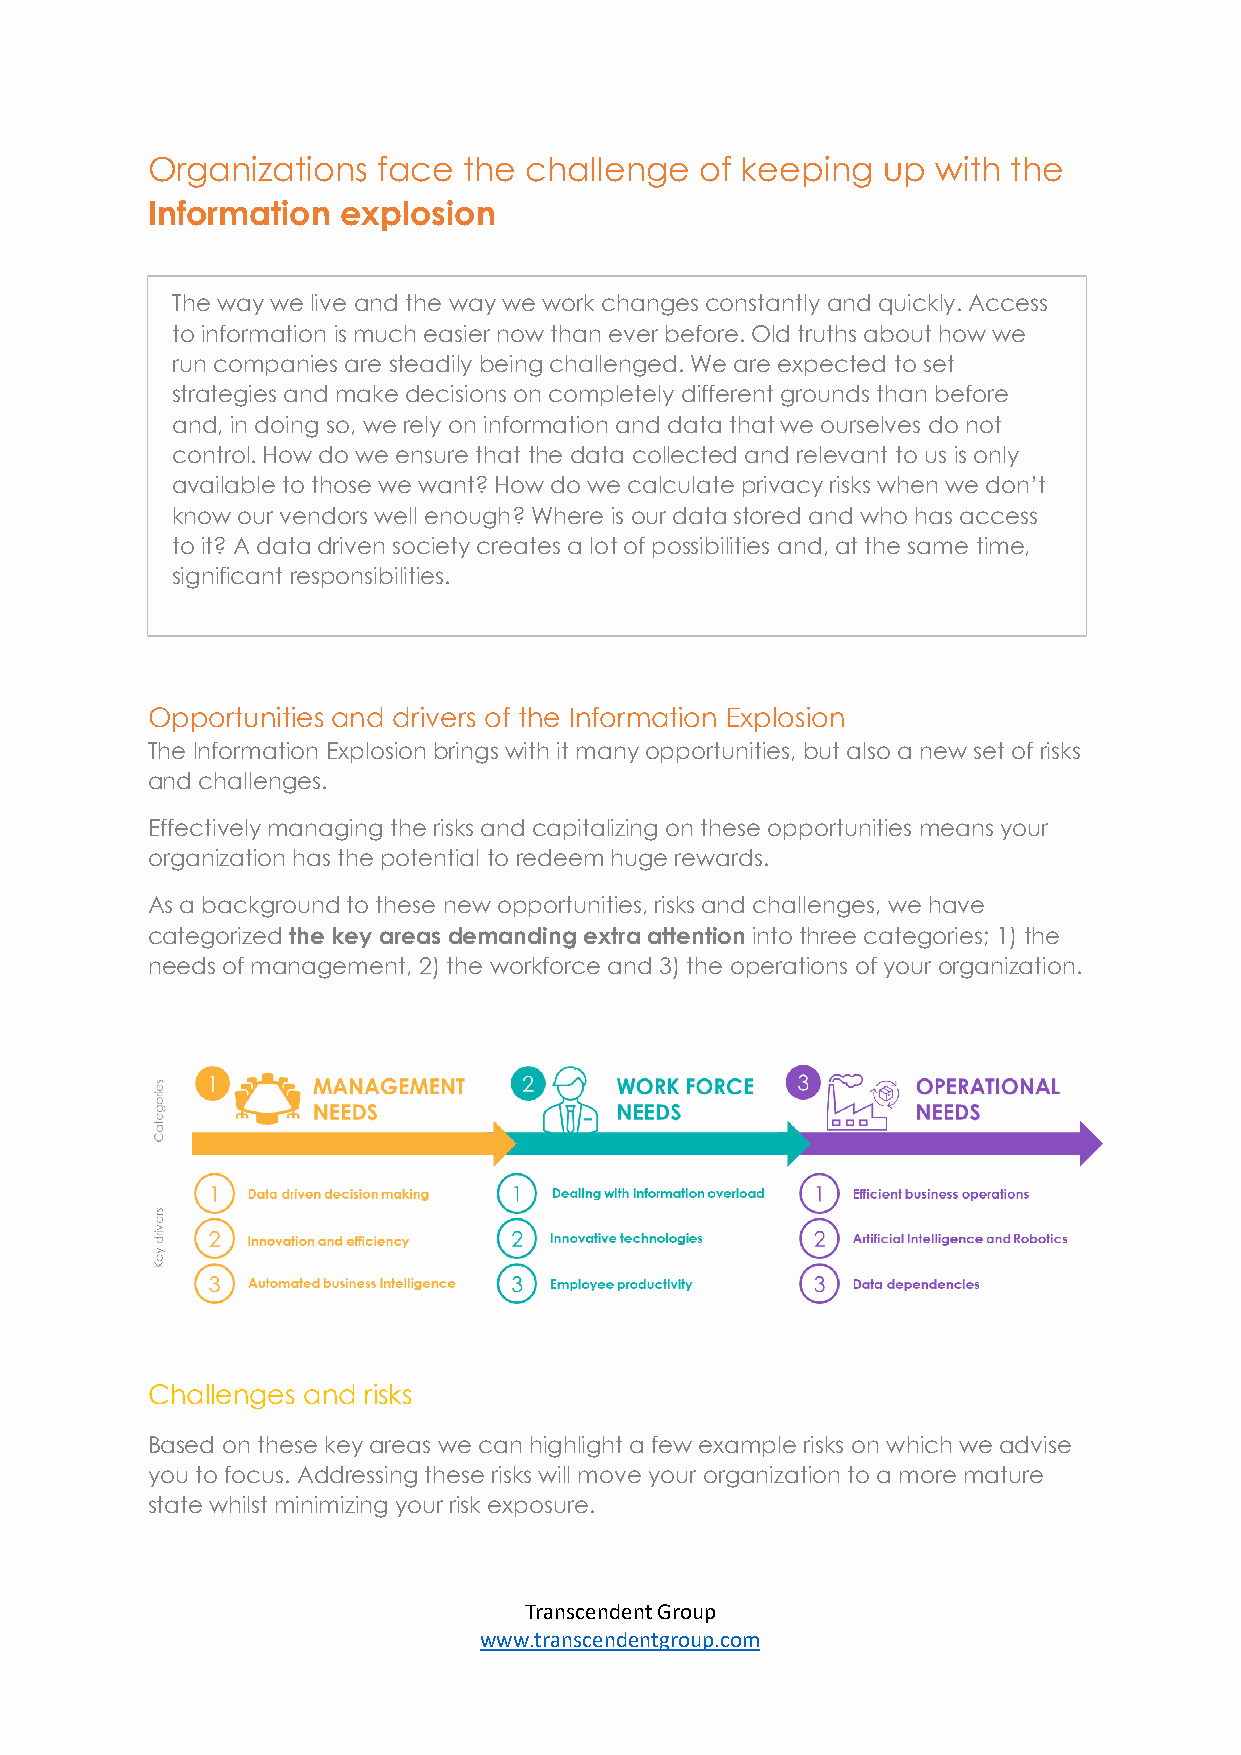
Organizations  face  the challenge  of keeping  up  with the
 Information  explosion
 The way we live and the way we work changes constantly and quickly. Access
 to information is much easier now than ever before. Old truths about how we
 run companies are steadily being challenged. We are expected to set
 strategies and make decisions on completely different grounds than before
 and, in doing so, we rely on information and data that we ourselves do not
 control. How do we ensure that the data collected and relevant to us is only
 available to those we want? How do we calculate privacy risks when we don’t
 know our vendors well enough? Where is our data stored and who has access
 to it? A data driven society creates a lot of possibilities and, at the same time,
 significant responsibilities.
 Opportunities and drivers of the Information Explosion
 The Information Explosion brings with it many opportunities, but also a new set of risks
 and challenges.
 Effectively managing the risks and capitalizing on these opportunities means your
 organization has the potential to redeem huge rewards.
 As a background to these new opportunities, risks and challenges, we have
 categorized the key areas demanding extra attention into three categories; 1) the
 needs of management, 2) the workforce and 3) the operations of your organization.
 Challenges and risks
 Based on these key areas we can highlight a few example risks on which we advise
 you to focus. Addressing these risks will move your organization to a more mature
 state whilst minimizing your risk exposure.
 Transcendent Group
 www.transcendentgroup.com